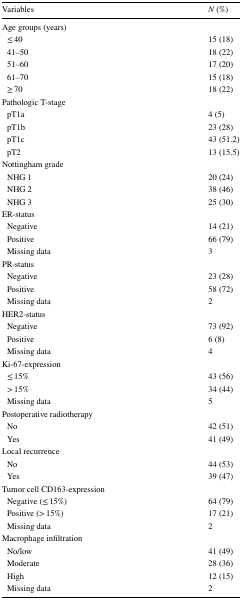
<table><thead><tr><td><b>Variables</b></td><td><b><i>N</i> (%)</b></td></tr></thead><tbody><tr><td colspan="2">Age groups (years)</td></tr><tr><td> ≤ 40</td><td>15 (18)</td></tr><tr><td> 41–50</td><td>18 (22)</td></tr><tr><td> 51–60</td><td>17 (20)</td></tr><tr><td> 61–70</td><td>15 (18)</td></tr><tr><td> ≥ 70</td><td>18 (22)</td></tr><tr><td colspan="2">Pathologic T-stage</td></tr><tr><td> pT1a</td><td>4 (5)</td></tr><tr><td> pT1b</td><td>23 (28)</td></tr><tr><td> pT1c</td><td>43 (51.2)</td></tr><tr><td> pT2</td><td>13 (15.5)</td></tr><tr><td colspan="2">Nottingham grade</td></tr><tr><td> NHG 1</td><td>20 (24)</td></tr><tr><td> NHG 2</td><td>38 (46)</td></tr><tr><td> NHG 3</td><td>25 (30)</td></tr><tr><td colspan="2">ER-status</td></tr><tr><td> Negative</td><td>14 (21)</td></tr><tr><td> Positive</td><td>66 (79)</td></tr><tr><td> Missing data</td><td>3</td></tr><tr><td colspan="2">PR-status</td></tr><tr><td> Negative</td><td>23 (28)</td></tr><tr><td> Positive</td><td>58 (72)</td></tr><tr><td> Missing data</td><td>2</td></tr><tr><td colspan="2">HER2-status</td></tr><tr><td> Negative</td><td>73 (92)</td></tr><tr><td> Positive</td><td>6 (8)</td></tr><tr><td> Missing data</td><td>4</td></tr><tr><td colspan="2">Ki-67-expression</td></tr><tr><td> ≤ 15%</td><td>43 (56)</td></tr><tr><td> &gt; 15%</td><td>34 (44)</td></tr><tr><td> Missing data</td><td>5</td></tr><tr><td colspan="2">Postoperative radiotherapy</td></tr><tr><td> No</td><td>42 (51)</td></tr><tr><td> Yes</td><td>41 (49)</td></tr><tr><td colspan="2">Local recurrence</td></tr><tr><td> No</td><td>44 (53)</td></tr><tr><td> Yes</td><td>39 (47)</td></tr><tr><td colspan="2">Tumor cell CD163-expression</td></tr><tr><td> Negative (≤ 15%)</td><td>64 (79)</td></tr><tr><td> Positive (&gt; 15%)</td><td>17 (21)</td></tr><tr><td> Missing data</td><td>2</td></tr><tr><td colspan="2">Macrophage infiltration</td></tr><tr><td> No/low</td><td>41 (49)</td></tr><tr><td> Moderate</td><td>28 (36)</td></tr><tr><td> High</td><td>12 (15)</td></tr><tr><td> Missing data</td><td>2</td></tr></tbody></table>